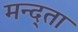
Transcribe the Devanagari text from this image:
मन्द्ता